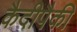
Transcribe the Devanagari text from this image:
कैदीपैकी